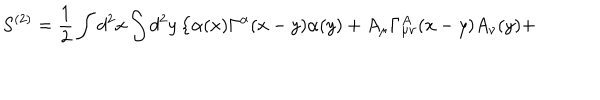
LaTeX: S ^ { ( 2 ) } = \frac { 1 } { 2 } \int d ^ { 2 } x \int d ^ { 2 } y \left\{ \alpha ( x ) \Gamma ^ { \alpha } ( x - y ) \alpha ( y ) + A _ { \mu } \Gamma _ { \mu \nu } ^ { A } ( x - y ) A _ { \nu } ( y ) + \right.